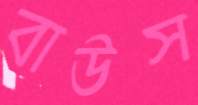
বাউস